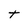
Character: t